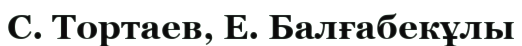
С. Тортаев, Е. Балғабекұлы